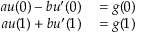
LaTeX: \begin{array} { r l } { a u ( 0 ) - b u ^ { \prime } ( 0 ) } & { { } = g ( 0 ) } \\ { a u ( 1 ) + b u ^ { \prime } ( 1 ) } & { { } = g ( 1 ) } \end{array}